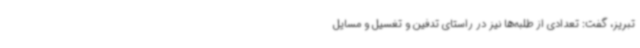
تبریز، گفت: تعدادی از طلبه‌ها نیز در راستای تدفین و تغسیل و مسایل